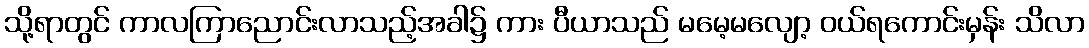
သို့ရာတွင် ကာလကြာညောင်းလာသည့်အခါ၌ ကား ပီယာသည် မမေ့မလျော့ ဝယ်ရကောင်းမှန်း သိလာ